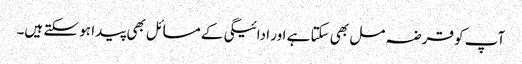
آپ کو قرضہ مل بھی سکتا ہے اور ادائیگی کے مسائل بھی پیدا ہو سکتے ہیں۔